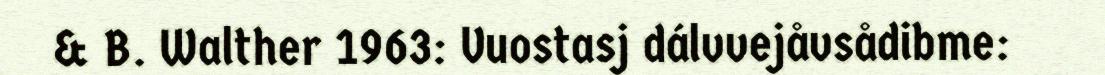
& B. Walther 1963: Vuostasj dálvvejåvsådibme: